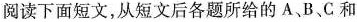
阅读下面短文,从短文后各题所给的 A、B、C和